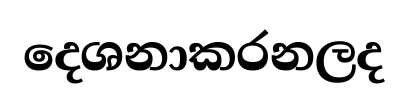
දෙශනාකරනලද